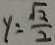
y = \frac { \sqrt { 2 } } { 2 }